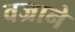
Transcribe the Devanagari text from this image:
वज्राने